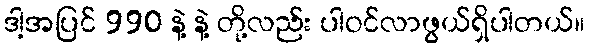
ဒါ့အပြင် 990 နဲ့ နဲ့ တို့လည်း ပါဝင်လာဖွယ်ရှိပါတယ်။